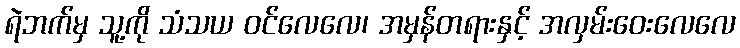
ရဲဘက်မှ သူ့ကို သံသယ ဝင်လေလေ၊ အမှန်တရားနှင့် အလှမ်းဝေးလေလေ